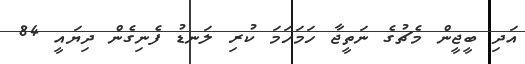
އަދި ބީޖީން މެޗުގެ ނަތީޖާ ހަމަހަމަ ކުރި ލަނޑު ފެނިގެން ދިޔައީ 84